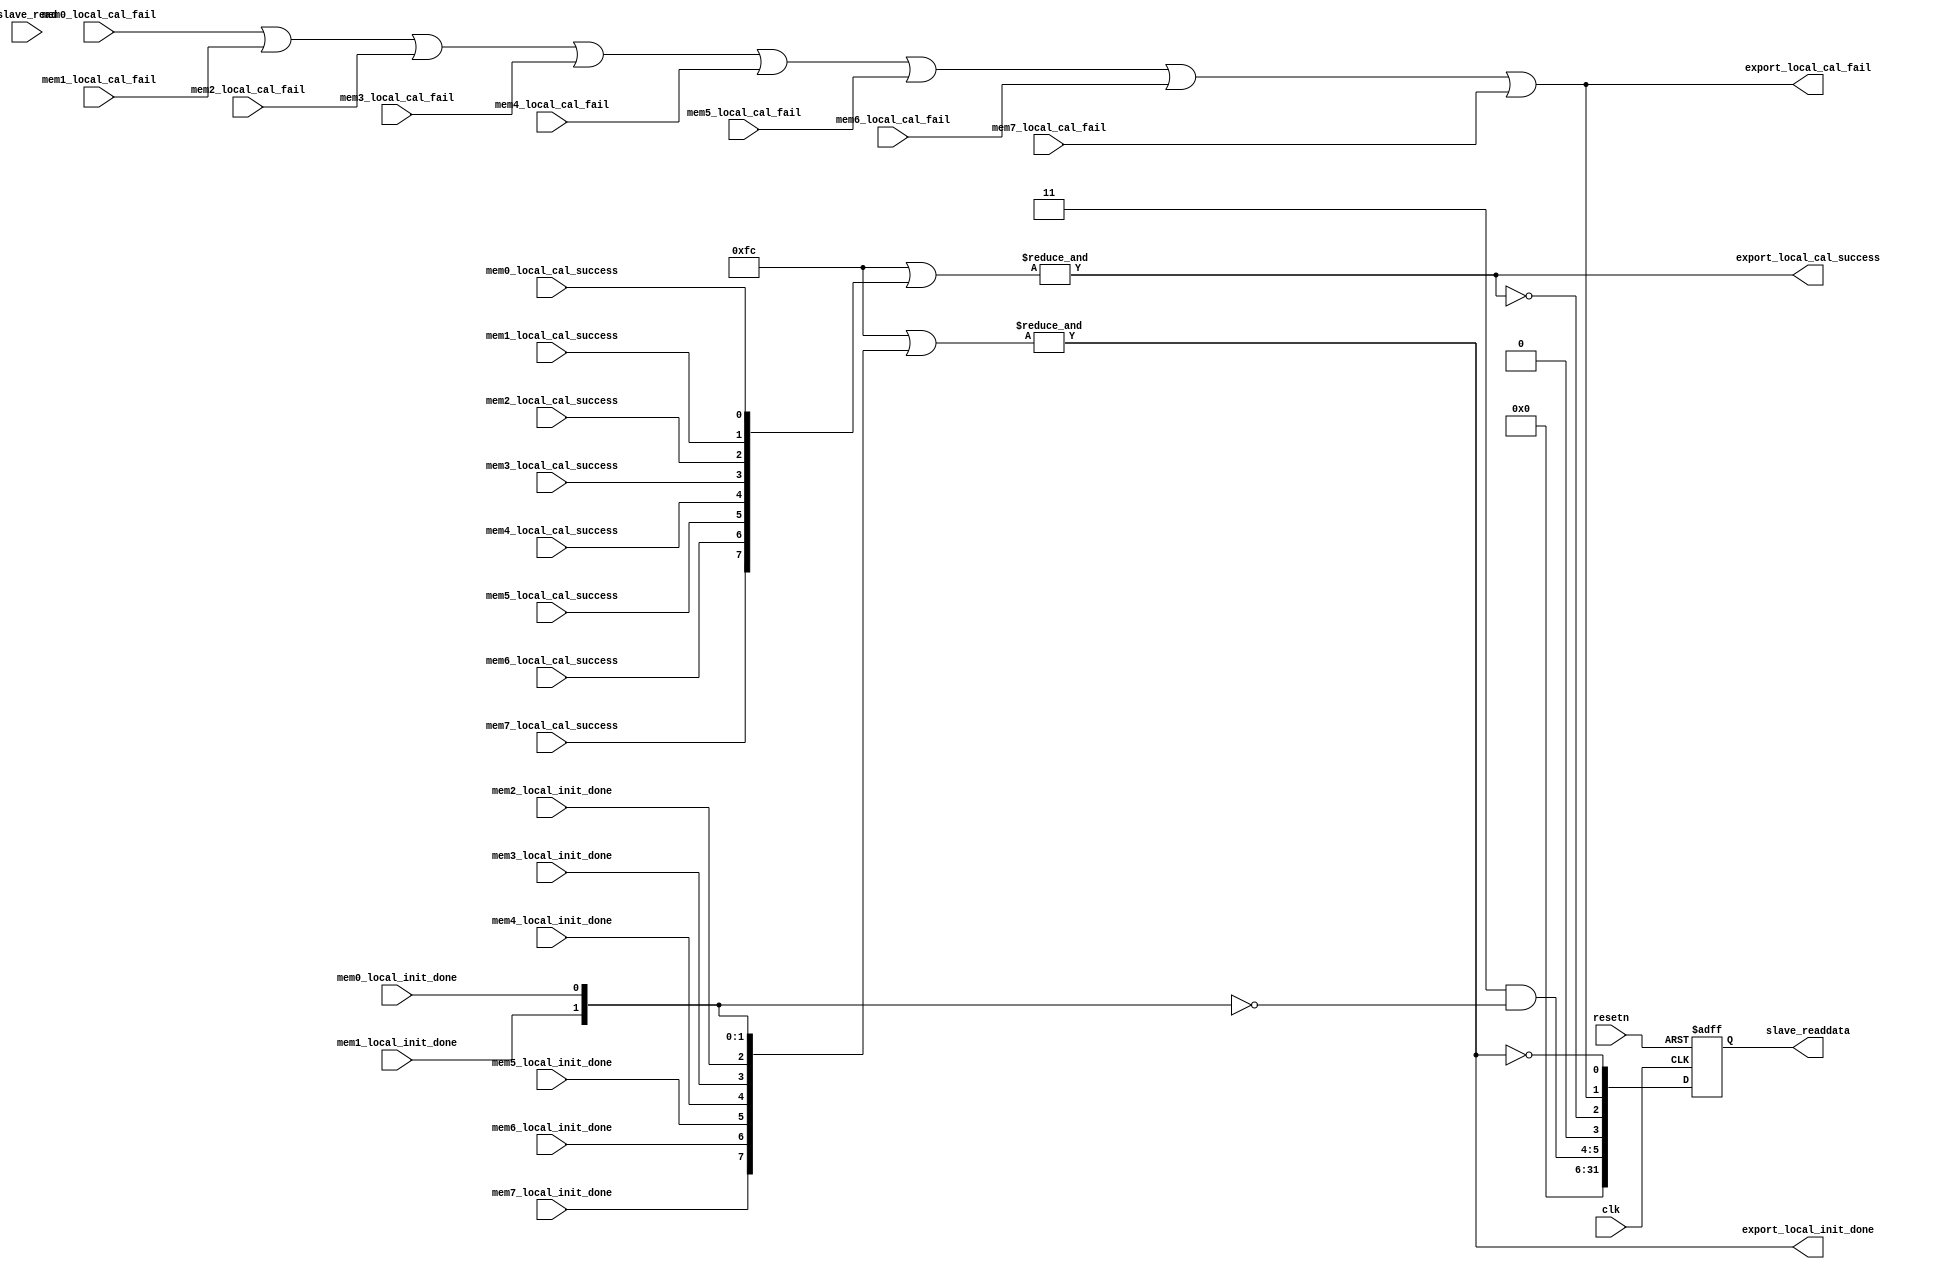
module uniphy_status
#( 
  parameter WIDTH=32,
  parameter NUM_UNIPHYS=2
)
(
   input clk,
   input resetn,

   // Slave port
   input slave_read,
   output [WIDTH-1:0] slave_readdata,

   // hw.tcl won't let me index into a bit vector :(
   input  mem0_local_cal_success,
   input  mem0_local_cal_fail,
   input  mem0_local_init_done,

   input  mem1_local_cal_success,
   input  mem1_local_cal_fail,
   input  mem1_local_init_done,

   input  mem2_local_cal_success,
   input  mem2_local_cal_fail,
   input  mem2_local_init_done,

   input  mem3_local_cal_success,
   input  mem3_local_cal_fail,
   input  mem3_local_init_done,

   input  mem4_local_cal_success,
   input  mem4_local_cal_fail,
   input  mem4_local_init_done,

   input  mem5_local_cal_success,
   input  mem5_local_cal_fail,
   input  mem5_local_init_done,

   input  mem6_local_cal_success,
   input  mem6_local_cal_fail,
   input  mem6_local_init_done,

   input  mem7_local_cal_success,
   input  mem7_local_cal_fail,
   input  mem7_local_init_done,

   output  export_local_cal_success,
   output  export_local_cal_fail,
   output  export_local_init_done
);

reg [WIDTH-1:0] aggregate_uniphy_status;
wire  local_cal_success;
wire  local_cal_fail;
wire  local_init_done;
wire [NUM_UNIPHYS-1:0] not_init_done;
wire [7:0] mask;

assign mask = (NUM_UNIPHYS < 1) ? 0 : ~(8'hff << NUM_UNIPHYS);

assign local_cal_success = &( ~mask | {mem7_local_cal_success,
                                       mem6_local_cal_success,
                                       mem5_local_cal_success,
                                       mem4_local_cal_success,
                                       mem3_local_cal_success,
                                       mem2_local_cal_success,
                                       mem1_local_cal_success,
                                       mem0_local_cal_success});

assign local_cal_fail    = mem0_local_cal_fail |
                           mem1_local_cal_fail |
                           mem2_local_cal_fail |
                           mem3_local_cal_fail |
                           mem4_local_cal_fail |
                           mem5_local_cal_fail |
                           mem6_local_cal_fail |
                           mem7_local_cal_fail;

assign local_init_done =  &( ~mask |{mem7_local_init_done,
                                     mem6_local_init_done,
                                     mem5_local_init_done,
                                     mem4_local_init_done,
                                     mem3_local_init_done,
                                     mem2_local_init_done,
                                     mem1_local_init_done,
                                     mem0_local_init_done});

assign not_init_done = mask & ~{ mem7_local_init_done,
                           mem6_local_init_done,
                           mem5_local_init_done,
                           mem4_local_init_done,
                           mem3_local_init_done,
                           mem2_local_init_done,
                           mem1_local_init_done,
                           mem0_local_init_done};

// Desire status==0 to imply success - may cause false positives, but the
// alternative is headaches for non-uniphy memories.
// Status MSB-LSB: not_init_done, 0, !calsuccess, calfail, !initdone
always@(posedge clk or negedge resetn)
  if (!resetn)
    aggregate_uniphy_status <= {WIDTH{1'b0}};
  else
    aggregate_uniphy_status <= { not_init_done, 1'b0,
                                  {~local_cal_success,local_cal_fail,~local_init_done}
                                };

assign slave_readdata = aggregate_uniphy_status;
assign export_local_cal_success = local_cal_success;
assign export_local_cal_fail = local_cal_fail;
assign export_local_init_done = local_init_done;

endmodule